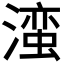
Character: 𬉁